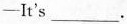
-It's ___.